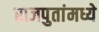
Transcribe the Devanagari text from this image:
राजपुतांमध्ये